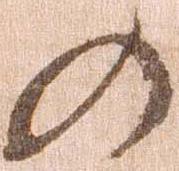
の